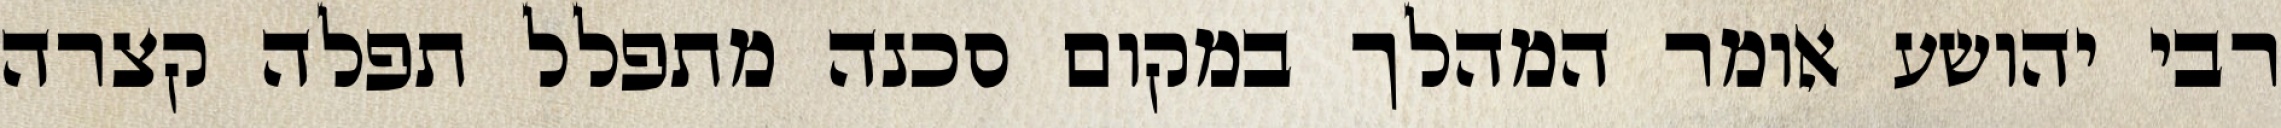
רבי יהושע אומר המהלך במקום סכנה מתפלל תפלה קצרה